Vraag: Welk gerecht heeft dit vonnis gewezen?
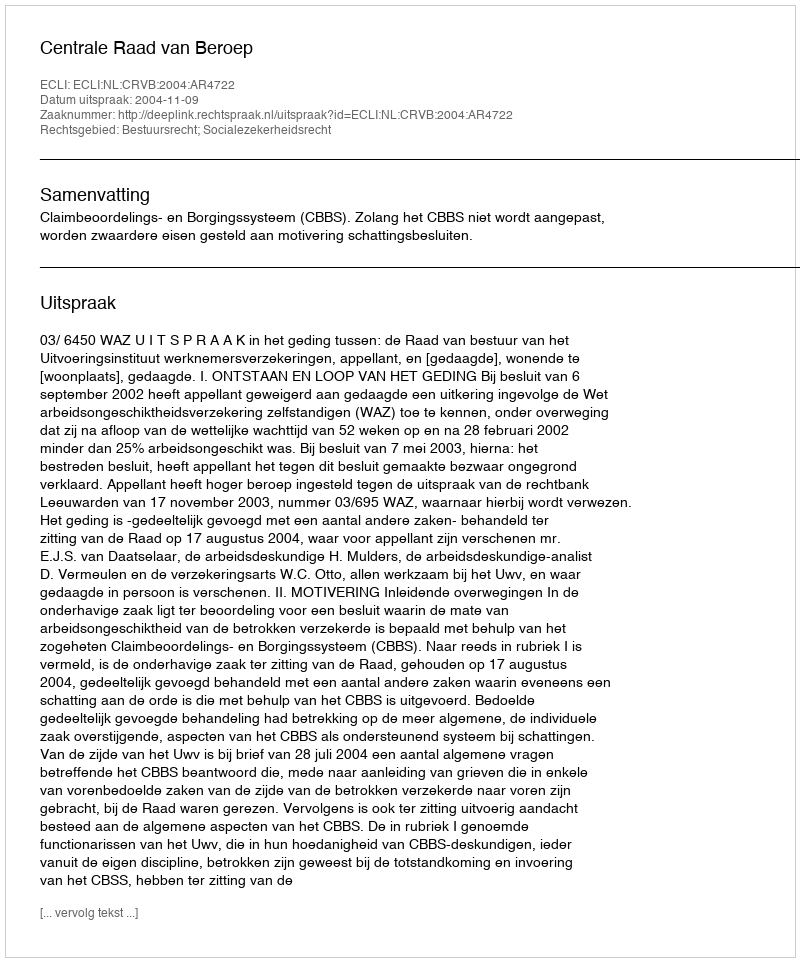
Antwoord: Centrale Raad van Beroep